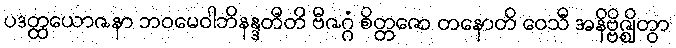
ပဒတ္ထယောဇနာ ဘဝမေဝါဘိနန္ဒတီတိ ဗီဇဂ္ဂံ စိတ္တဇော တနောတိ ဝေသီ အနိဗ္ဗိဇ္ဈိတွာ